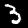
Label: 3